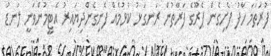
ފުރަތަމަ ހާފު ފެށިގެން ޕެރޫގެ ފަރާތުން ރަނގަޅު ކުޅުމެއް ފެނިގެންދިޔައިރު އެޓީމުންވަނީ ލަނޑު